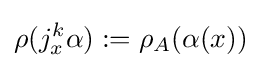
\rho (j_{x}^{k}\alpha ):=\rho _{A}(\alpha (x))